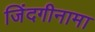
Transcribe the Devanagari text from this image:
जिंदगीनामा